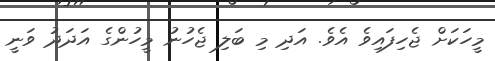
މީހަކަށް ޖެހިފައިވެ އެވެ. އަދި މި ބަލި ޖެހުނު މީހުންގެ އަދަދު ވަނީ